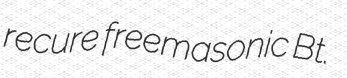
recure freemasonic Bt.